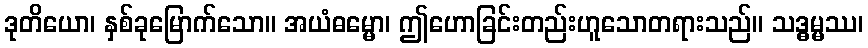
ဒုတိယော၊ နှစ်ခုမြောက်သော။ အယံဓမ္မော၊ ဤဟောခြင်းတည်းဟူသောတရားသည်။ သဒ္ဓမ္မဿ၊